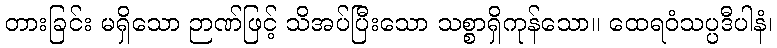
တားခြင်း မရှိသော ဉာဏ်ဖြင့် သိအပ်ပြီးသော သစ္စာရှိကုန်သော။ ထေရဝံသပ္ပဒီပါနံ၊